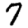
Digit: 7